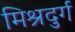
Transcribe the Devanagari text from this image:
मिश्रदुर्ग